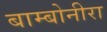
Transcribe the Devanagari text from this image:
बाम्बोनीरा